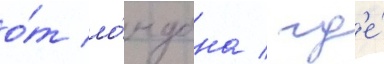
о́т ло́ндона / гд'е́